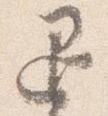
退